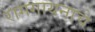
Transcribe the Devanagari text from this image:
रागगायनाचे